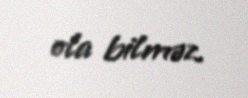
ola bilməz.